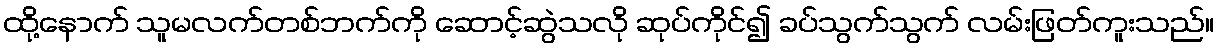
ထို့နောက် သူမလက်တစ်ဘက်ကို ဆောင့်ဆွဲသလို ဆုပ်ကိုင်၍ ခပ်သွက်သွက် လမ်းဖြတ်ကူးသည်။